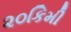
૨૦કિમી